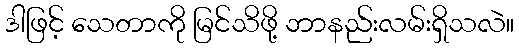
ဒါဖြင့် သေတာကို မြင်သိဖို့ ဘာနည်းလမ်းရှိသလဲ။